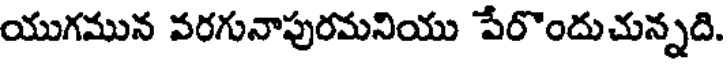
యుగమున వరగునాపురమనియు పేరొందుచున్నది.